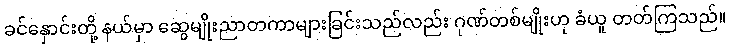
ခင်နှောင်းတို့ နယ်မှာ ဆွေမျိုးညာတကာများခြင်းသည်လည်း ဂုဏ်တစ်မျိုးဟု ခံယူ တတ်ကြသည်။